system: You are a helpful assistant.
user:
Analyze the provided spectrum to determine if it is a **"Cataclysmic Variables (CV)"**.

- **Key Indicators for CV (Check for either state):**
    - **State 1: Quiescent / Low-State (Emission-Dominated)**
        - **(Primary):** Strong and *very broad* Hydrogen Balmer emission lines (e.g., $H\alpha$ at 6563 Å, $H\beta$ at 4861 Å). The 'broadness' (high velocity dispersion, often FWHM > 1000 km/s) is the key diagnostic, indicating a high-velocity accretion disk.
        - **(Secondary):** Broad neutral Helium (He I) emission lines (e.g., 5876 Å, 6678 Å).
        - **(Key Confirmation):** Presence of high-excitation *ionized* Helium (He II) emission at 4686 Å. This is a strong indicator of accretion onto a white dwarf.
        - **(Line Profile):** Emission lines may exhibit a 'double-peaked' profile, which is a classic signature of a rotating accretion disk viewed at high inclination.

    - **State 2: Outburst / High-State (Absorption-Dominated)**
        - **(Primary):** Spectrum is dominated by a bright, blue continuum (looks like a hot star).
        - **(Secondary):** The emission lines from State 1 are weak, absent, or 'filled in', and are replaced by broad, shallow *absorption* lines (primarily Balmer and He I).
        - **(Morphology):** The overall spectrum mimics a hot B/A-type star. The crucial difference is that the absorption lines are significantly broader, shallower, and more 'washed-out' (or 'smeared') than the sharp lines of a normal stellar photosphere, due to high rotational speeds and pressure broadening in the disk.

Think first, call **spectral_visualization_tool** if needed to examine features in detail, then provide your final answer. Your response must adhere to the following strict rules:
1.  **Overall Structure:** Your response must follow the format `<think>...</think> <tool_call>...</tool_call> (if a tool is used) <answer>...</answer>`.
2.  **Tool Usage Constraint:** You may only make **one** tool call per turn.
3.  **Final Answer Format:** In the `<answer>` tag, your conclusion must be inside a `\boxed{}` command (e.g., `\boxed{YES}`), followed by your justification.

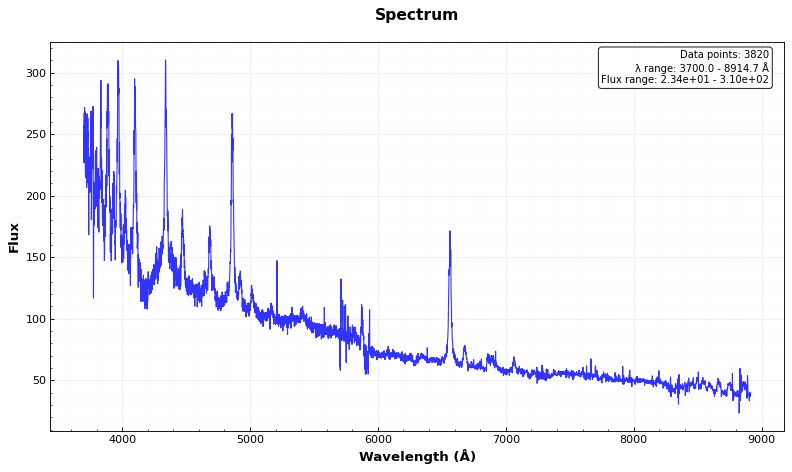
Answer: YES